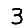
Digit: 3